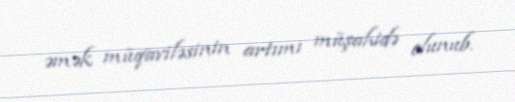
əmək müqaviləsinin artımı müşahidə olunub.